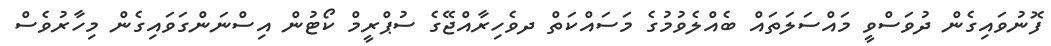
ފޮނުވައިގެން ދުވަސްވީ މައްސަލަތައް ބެއްލެވުމުގެ މަސައްކަތް ދވެހިރާއްޖޭގެ ސުޕްރީމް ކޯޓުން އިސްނަންގަވައިގެން މިހާރުވެސް